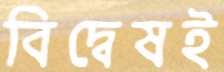
বিদ্বেষই